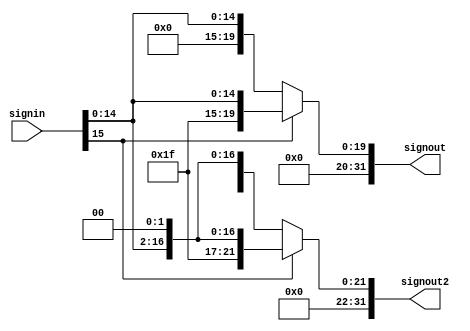
module sign_extend(signin,signout,signout2);
	input [15:0] signin;
	output [31:0] signout,signout2;
	reg [31:0] signout,signout2;
	always@(signin)
	begin
	 if(signin[15])
           begin
	   signout={4'hffff,signin};
	   signout2=signout<<2;
	   end
	 else
	  begin
	   signout={4'h0000,signin};
	   signout2=signout<<2;
	  end
	end
endmodule